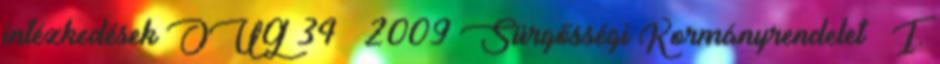
intézkedések OUG 34 2009 Sürgősségi Kormányrendelet  I.